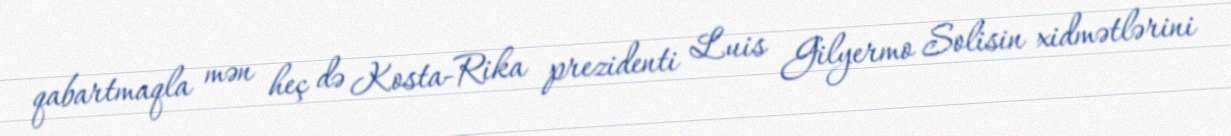
qabartmaqla mən heç də Kosta-Rika prezidenti Luis Gilyermo Solisin xidmətlərini